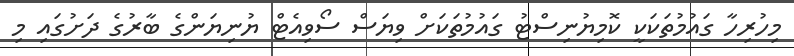
މިހުރިހާ ގައުމުތަކަކީ ކޮމިޔުނިސްޓު ގައުމުތަކަށް ވިޔަސް ސޯވިއެޓް ޔުނިޔަންގެ ބާރުގެ ދަށުގައި މި